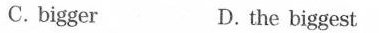
C. bigger D. the biggest